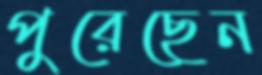
পুরেছেন